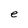
Character: e